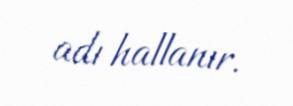
adı hallanır.